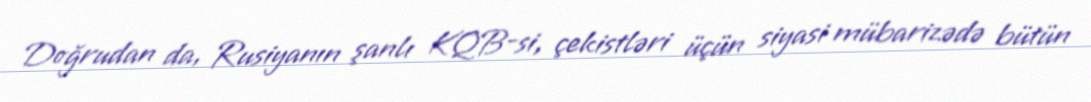
Doğrudan da, Rusiyanın şanlı KQB-si, çekistləri üçün siyasi mübarizədə bütün